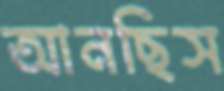
আনছিস